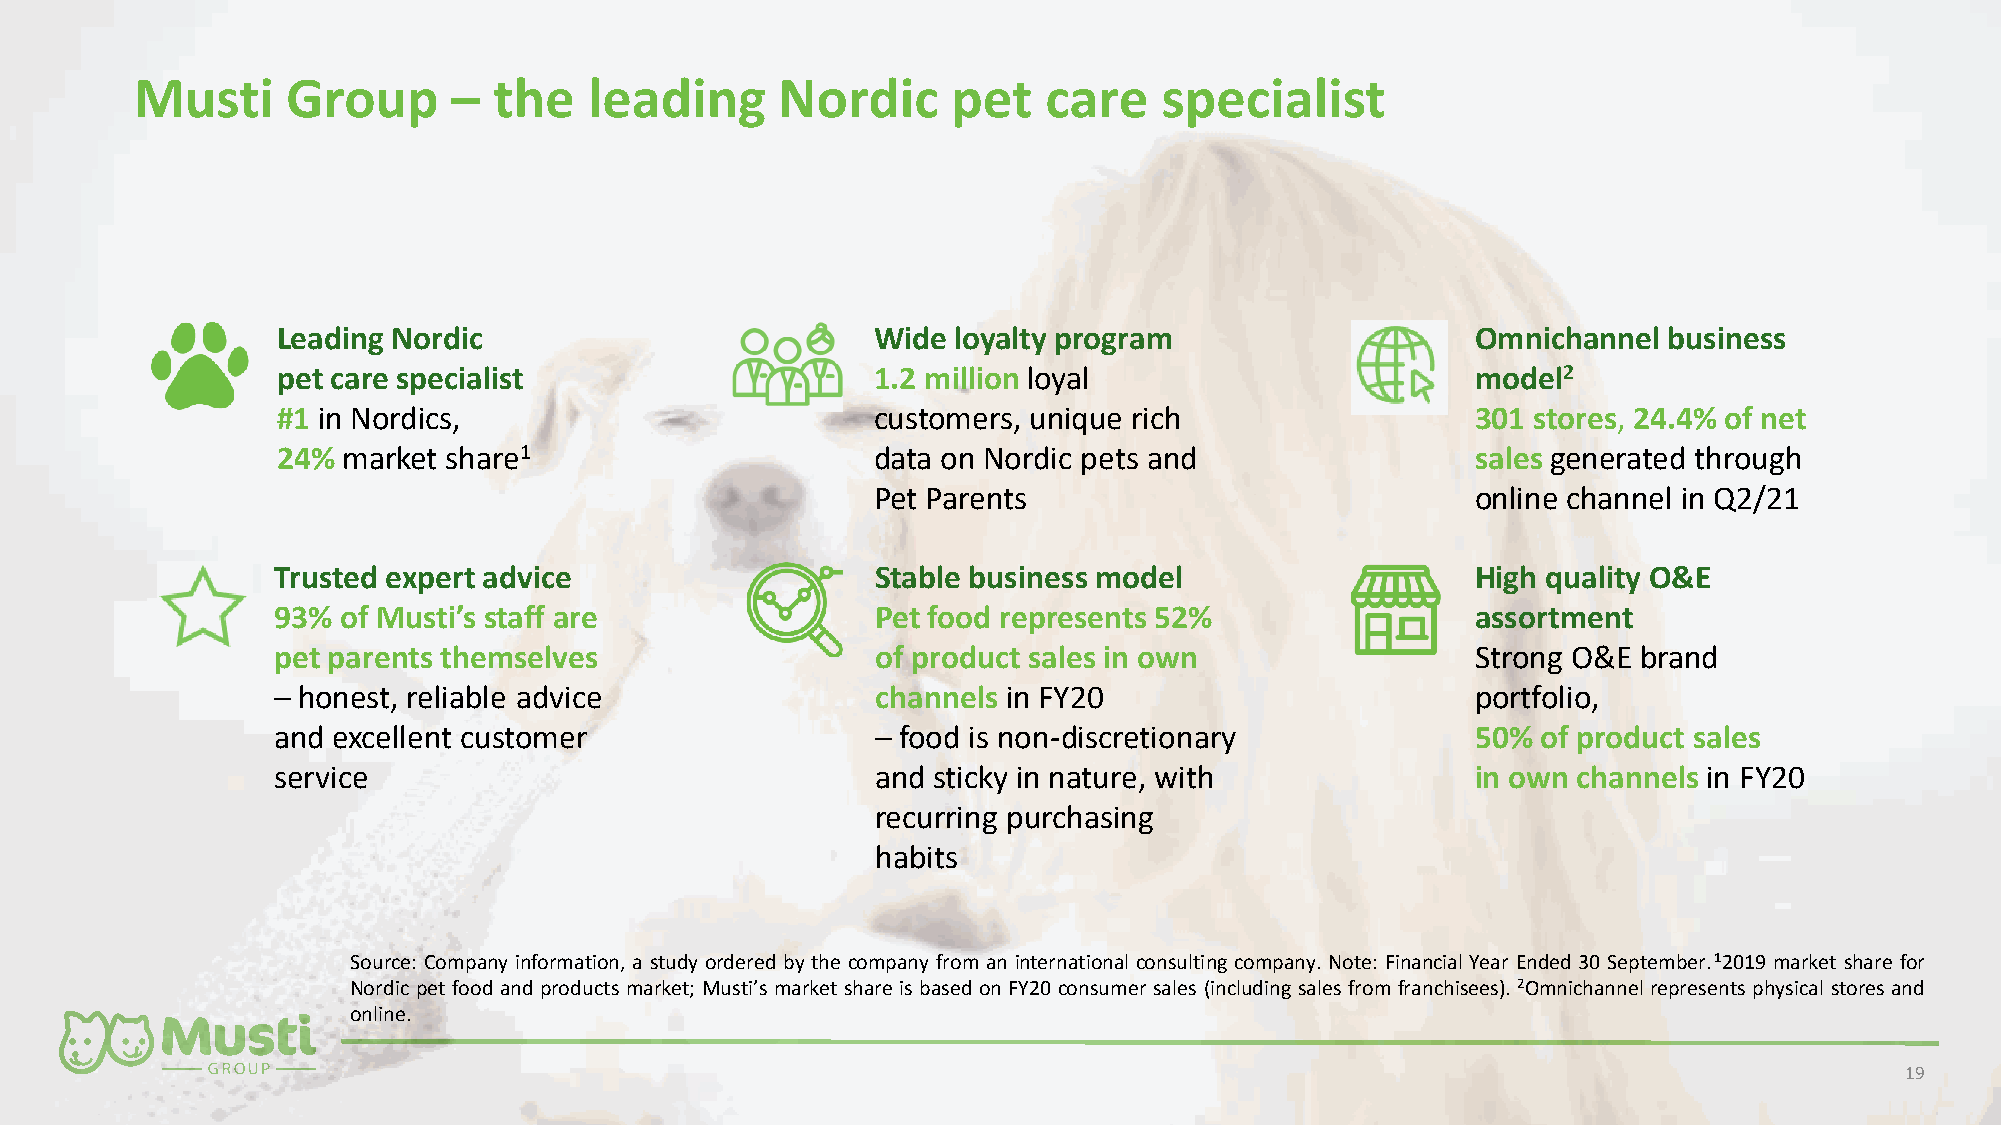
Musti     Group      –  the   leading     Nordic      pet   care    specialist
 Leading Nordic                          Wide loyalty program                    Omnichannel business
 pet care specialist                     1.2 million loyal                       model2
 #1 in Nordics,                          customers, unique rich                  301 stores, 24.4% of net
 24%  market share1                      data on Nordic pets and                 sales generated through
 Pet Parents                             online channel in Q2/21
 Trusted expert advice                   Stable business model                   High quality O&E
 93% of Musti’s staff are                Pet food represents 52%                 assortment
 pet parents themselves                  of product sales in own                 Strong O&E brand
 – honest, reliable advice               channels in FY20                        portfolio,
 and excellent customer                  – food is non-discretionary             50% of product sales
 service                                 and sticky in nature, with              in own channels in FY20
 recurring purchasing
 habits
 Source: Company information, a study ordered by the company from an international consulting company. Note: Financial Year Ended 30 September.12019 market share for
 Nordic pet food and products market; Musti’s market share is based on FY20 consumer sales (including sales from franchisees). 2Omnichannel represents physical stores and
 online.
 19